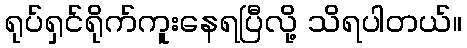
ရုပ်ရှင်ရိုက်ကူးနေရပြီလို့ သိရပါတယ်။